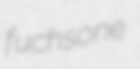
fuchsone